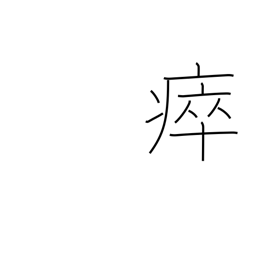
Meaning: take sick